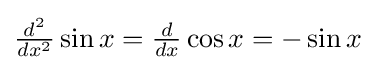
{\textstyle {\frac {d^{2}}{dx^{2}}}\sin x={\frac {d}{dx}}\cos x=-\sin x}